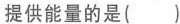
提供能量的是()